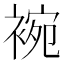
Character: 䘼